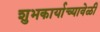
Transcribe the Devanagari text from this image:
शुभकार्याच्यावेळी